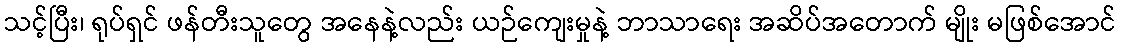
သင့်ပြီး၊ ရုပ်ရှင် ဖန်တီးသူတွေ အနေနဲ့လည်း ယဉ်ကျေးမှုနဲ့ ဘာသာရေး အဆိပ်အတောက် မျိုး မဖြစ်အောင်